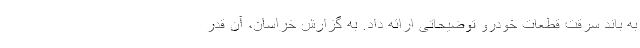
به باند سرقت قطعات خودرو توضیحاتی ارائه داد. به گزارش خراسان، آن قدر